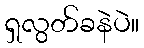
ရှလွတ်ခနဲပဲ။